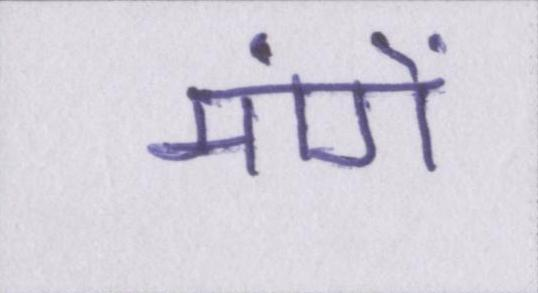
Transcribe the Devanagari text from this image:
मांगें